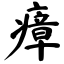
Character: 瘴